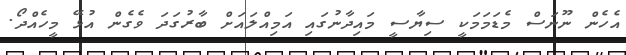
އެހެން ނޫނަސް މެޑަމަމަކީ ސިޔާސީ މައިދާނުގައި އަމިއްލައަށް ބާރުގަދަ ވެގެން އުޅޭ މީހެއްދޯ.